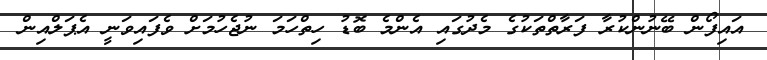
އައިފޯން ބޭނުންކުރާ ފަރާތްތަކުގެ މެދުގައި އެންމެ ބޮޑު ހިތްހަމަ ނުޖެހުމަށް ވެފައިވަނީ އެޕަލްއިން